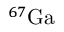
^ { 6 7 } \mathrm { G a }